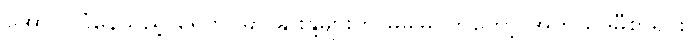
အောင်ပွဲခံနေသည့် ရေဘဝဲမှာ နွားနို့များကို မမမြိုင်ကတော့ အကယ်ဒမီစာရင်း